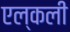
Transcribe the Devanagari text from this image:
एल्कली